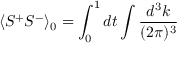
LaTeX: \langle S ^ { + } S ^ { - } \rangle _ { 0 } = \int _ { 0 } ^ { 1 } d t \int \frac { d ^ { 3 } k } { ( 2 \pi ) ^ { 3 } }